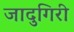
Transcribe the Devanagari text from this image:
जादुगिरी